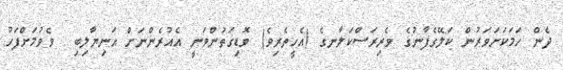
ދެން ހަމަކަށަވަރުން ކަލޭގެފާނުގެ ވެރިރަސްކަލާނގެ (އެހީތެރިވެ) ވޮޑިގަތުންވަނީ އެއުރެންނަށް އަނިޔާލިބި  ވެވުމަށްފަހު